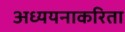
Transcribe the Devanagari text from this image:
अध्ययनाकरिता